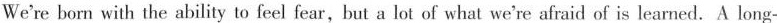
We're born with the ability to feel fear,but a lot of what we're afraid of is learned. long-